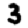
Digit: 3